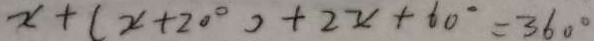
x + ( x + 2 0 ^ { \circ } ) + 2 x + 6 0 ^ { \circ } = 3 6 0 ^ { \circ }